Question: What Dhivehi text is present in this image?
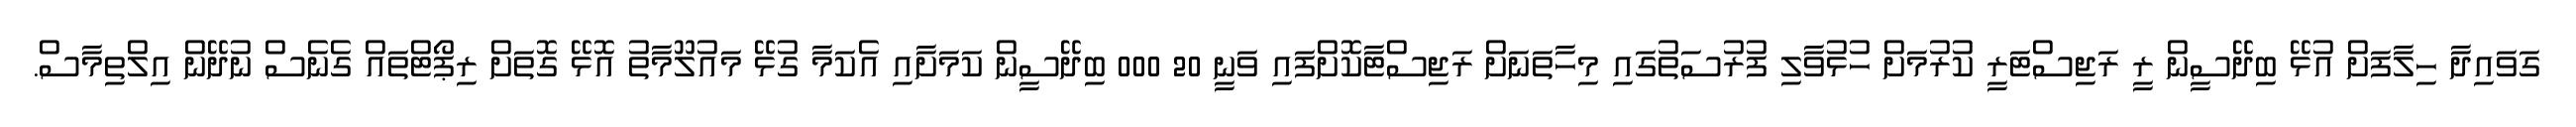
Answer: ގަވައިދާ ހިލާފަށް އުޅޭ ބިދޭސީން ރީ ރަޖިސްޓަރީ ކުރުމަށް ހުޅުވާލި ފުރުސަތުގައި މިހާތަނަށް ރަޖިސްޓާކޮށްފައި ވަނީ 20 000 ބިދޭސީން ކަމަށާއި އެކަމާ ގުޅޭ މައުލޫމާތު އޮޅޭ ގޮތަށް ރިޕޯޓްތައް ގެނެސް ނުދޭން އިލްތިމާސް.